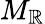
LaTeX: M_{\mathbb{R}}